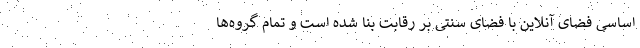
اساسی فضای آنلاین با فضای سنتی بر رقابت بنا شده است و تمام گروه‌ها